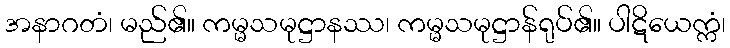
အနာဂတံ၊ မည်၏။ ကမ္မသမုဋ္ဌာနဿ၊ ကမ္မသမုဋ္ဌာန်ရုပ်၏။ ပါဋိယေက္ကံ၊